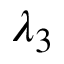
\lambda _ { 3 }